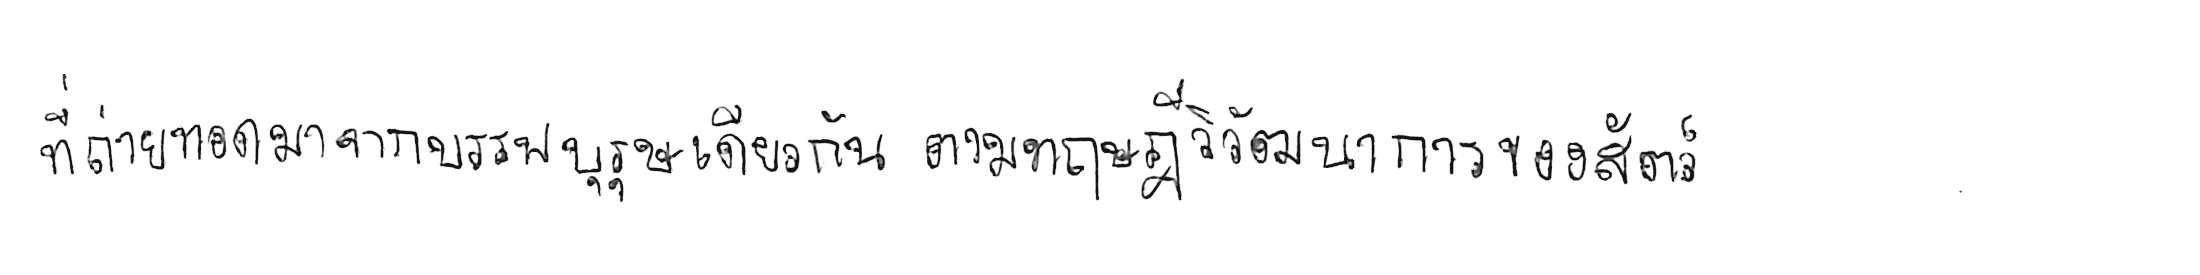
ที่ถ่ายทอดมาจากบรรพบุรุษเดียวกัน ตามทฤษฎีวิวัฒนาการของสัตว์